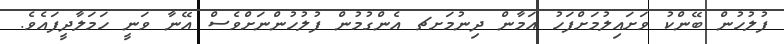
ފުލުހުން ބޭންކު ވަށައިލުމަށްފަހު އަމާން ދިނުމަށޗ އެންގުމުން ފުލުހުންނަށްވެސް އޭނާ ވަނީ ހަމަލާދީފައެވެ.